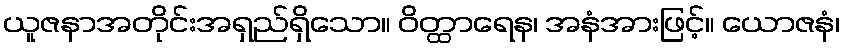
ယူဇနာအတိုင်းအရှည်ရှိသော။ ဝိတ္ထာရေန၊ အနံအားဖြင့်။ ယောဇနံ၊